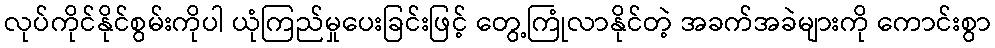
လုပ်ကိုင်နိုင်စွမ်းကိုပါ ယုံကြည်မှုပေးခြင်းဖြင့် တွေ့ကြုံလာနိုင်တဲ့ အခက်အခဲများကို ကောင်းစွာ